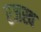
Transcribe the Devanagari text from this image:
रजस्व